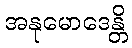
အနုမောဒေန္တိ